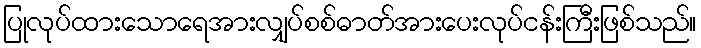
ပြုလုပ်ထားသောရေအားလျှပ်စစ်ဓာတ်အားပေးလုပ်ငန်းကြီးဖြစ်သည်။